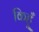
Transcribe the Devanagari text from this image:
किहूँ